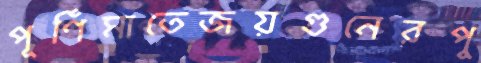
পূর্ণিমাতেজয়গুনেরপু